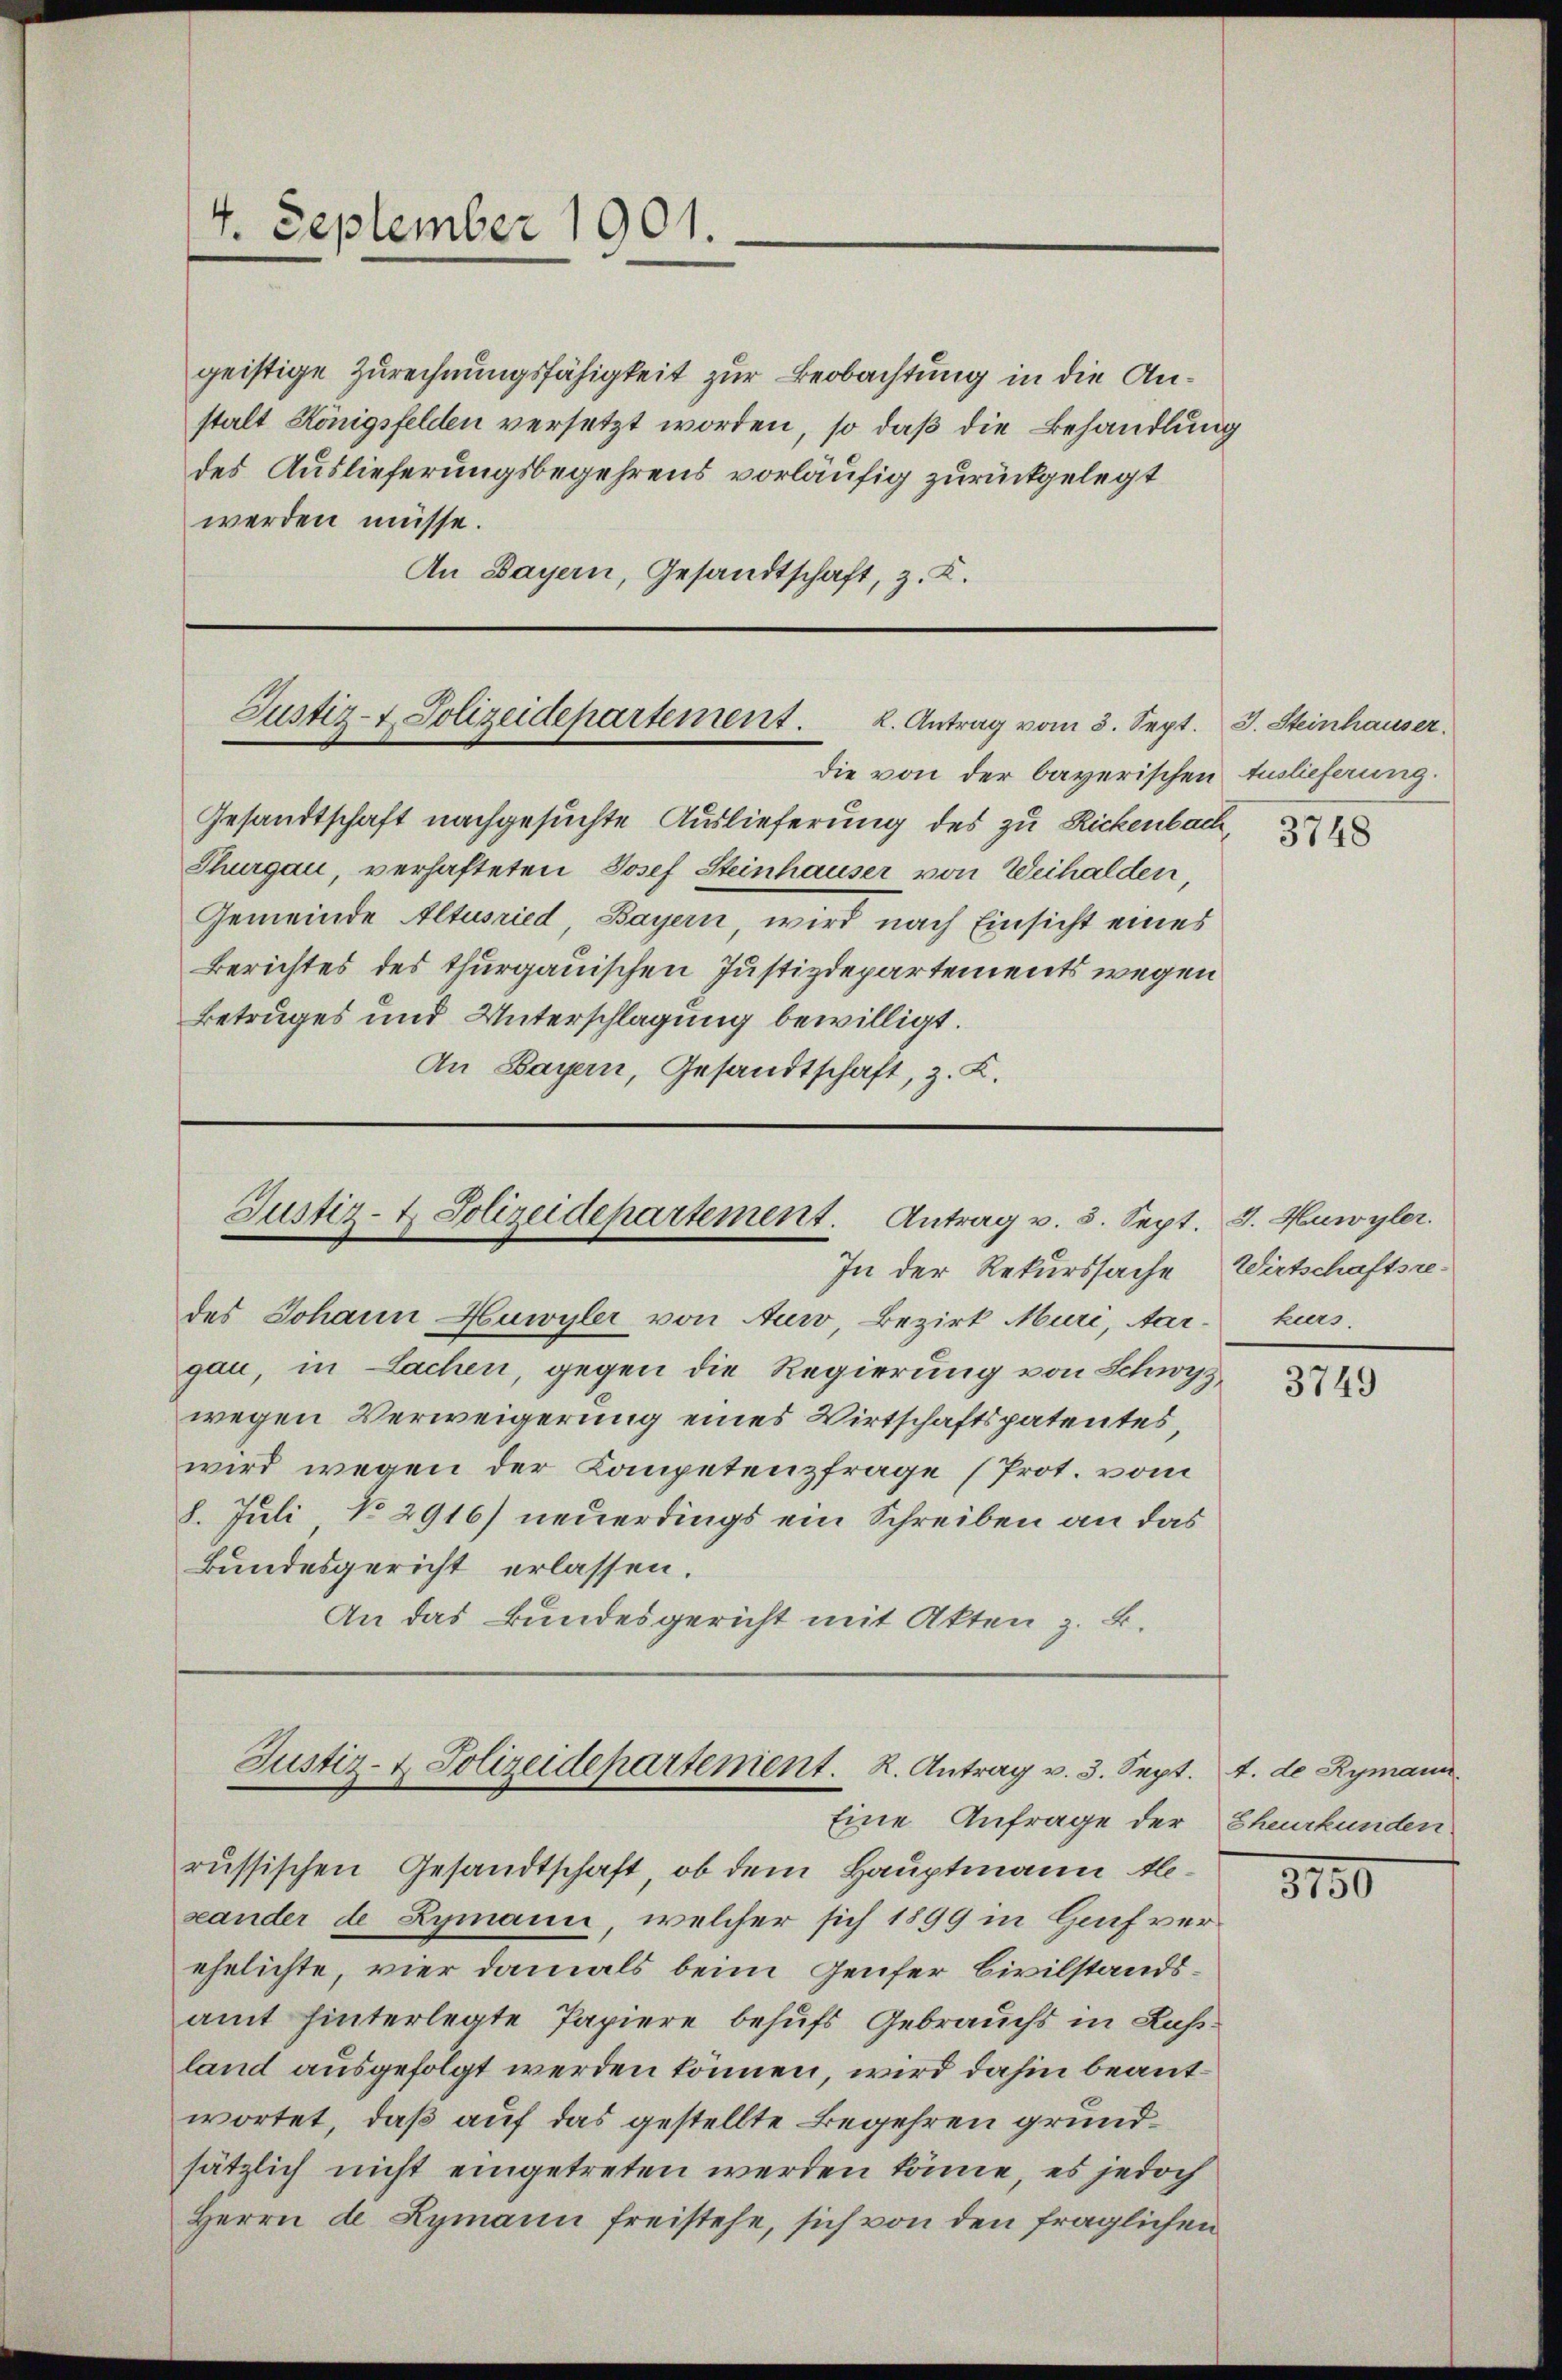
4. September 1901.

geistige Zurechnungsfähigkeit zur Beobachtung in die Anstalt Königsfelden versetzt worden, so daß die Behandlung
des Auslieferungsbegehrens vorläufig zurückgelegt
werden müsse.
An Bayern, Gesandtschaft, z. K.

Justiz-7. Polizeidepartement. 2. Antrag vom 3. Sept. J. Steinhauser.

die von der bayerischen Auslieferung.
Gesandtschaft nachgesuchte Auslieferung des zu Rickenbach,
Thurgau, verhafteten Josef Steinhauser von Weihalden,
Gemeinde Altusried Bayern, wird nach Einsicht eines
Berichtes des thurgauischen Justizdepartements wegen
Betruges und Unterschlagung bewilligt.
An Bayern, Gesandtschaft, z. K.

Justiz- & Polizeidepartement. Antrag v. 5. Sept. J. Huwyler.
In der Rekurssache

des Johann Huwyler von Auw, Bezirk Muri, Aar-
gau, in Lachen, gegen die Regierung von Schwyz
wegen Verweigerung eines Wirtschaftspatentes,
wird wegen der Kompetenzfrage (Prot. vom
8. Juli No 2916) neuerdings ein Schreiben an das
Bundesgericht erlassen.
An das Bundesgericht mit Akten z. B.

Justiz- & Polizeidepartement. R. Antrag v. 3. Sept.
Eine Anfrage der Eheurkunden

russischen Gesandtschaft, ob dem Hauptmann bexander de Zymann, welcher sich 1899 in Genf verehelichte, vier damals beim Genfer Civilstandsamt hinterlegte Papiere behufs Gebrauchs in Rußland ausgefolgt werden können, wird dahin beantwortet, daß auf das gestellte Begehren grundsätzlich nicht eingetreten werden könne, es jedoch
Herrn de Lymann freistehe, sich von den fraglichen

3748

Wirtschaftsrekurs.

3749

4. de Rymann

1150